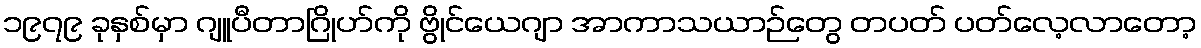
၁၉၇၉ ခုနှစ်မှာ ဂျူပီတာဂြိုဟ်ကို ဗွိုင်ယေဂျာ အာကာသယာဉ်တွေ တပတ် ပတ်လေ့လာတော့